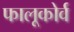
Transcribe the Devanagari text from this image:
फालूकोर्व